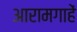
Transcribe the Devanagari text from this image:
आरामगाहें